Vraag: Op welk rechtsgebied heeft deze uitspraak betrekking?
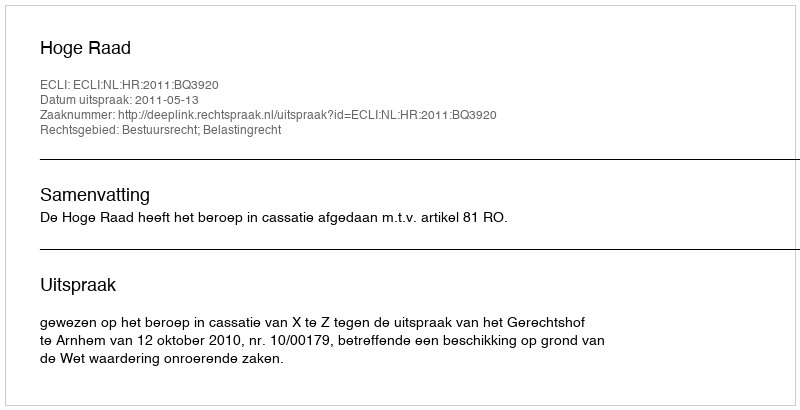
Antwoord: Bestuursrecht; Belastingrecht